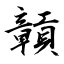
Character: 贑